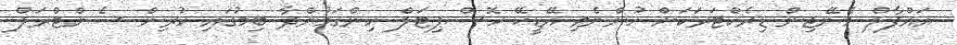
އައްފާލް މެނޭޖިން ޑިރެކްޓަރަކަށް ހުންނެވި އޭޑީކޭ ހޮސްޕިޓަލް ހިންގަމުންދާ ބިމުގައި ކުރިން ސެންޓްރަލް